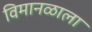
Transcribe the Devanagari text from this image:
विमानळाला